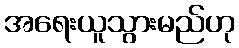
အရေးယူသွားမည်ဟု